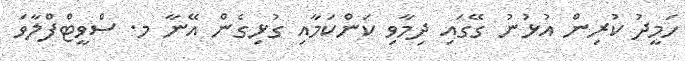
ހަމީދު ކުރިން އުޅުނު ގޭގައި ދިމާވި ކަންކަމާއި ގުޅިގެން އޭނާ މ. ސްވީޓްފްލާވަ